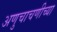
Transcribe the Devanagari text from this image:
अणुचाचणीच्या